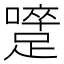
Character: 𨅇